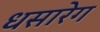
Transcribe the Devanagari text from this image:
धसारेग